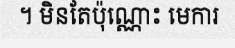
។ មិនតែប៉ុណ្ណោះ មេការ